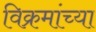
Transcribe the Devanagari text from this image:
विक्रमांच्या